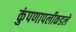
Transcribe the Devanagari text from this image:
कुंपणापलीकडले